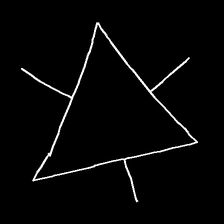
Glyph: fire